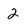
Character: 2